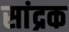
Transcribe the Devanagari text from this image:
सांद्रक